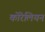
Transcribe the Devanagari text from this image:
कोरेलियन